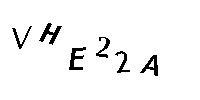
VHE22A